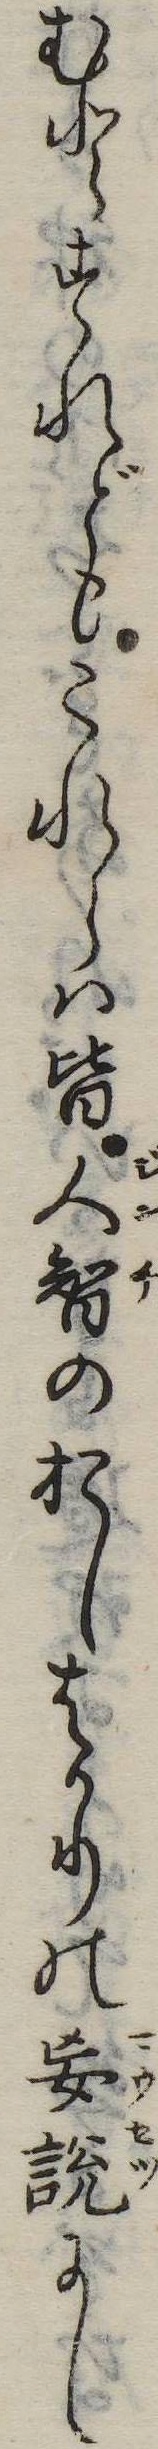
むとすれどもこれらは皆人智のおしはかりの妄説にし